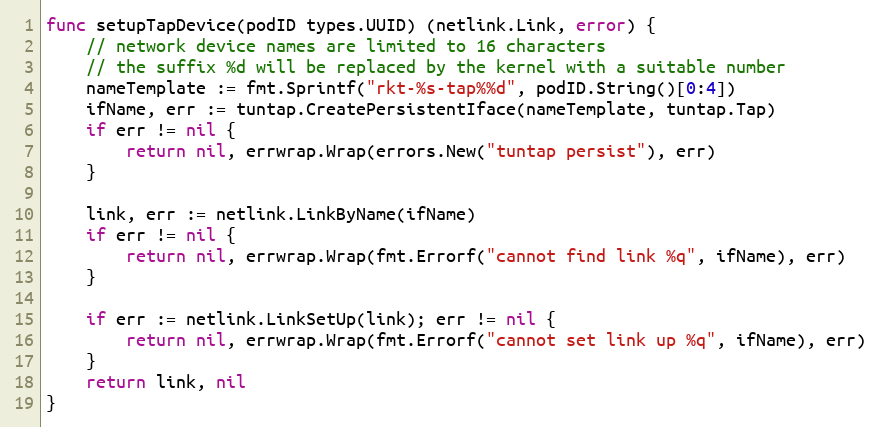
Language: Go
func setupTapDevice(podID types.UUID) (netlink.Link, error) {
	// network device names are limited to 16 characters
	// the suffix %d will be replaced by the kernel with a suitable number
	nameTemplate := fmt.Sprintf("rkt-%s-tap%%d", podID.String()[0:4])
	ifName, err := tuntap.CreatePersistentIface(nameTemplate, tuntap.Tap)
	if err != nil {
		return nil, errwrap.Wrap(errors.New("tuntap persist"), err)
	}

	link, err := netlink.LinkByName(ifName)
	if err != nil {
		return nil, errwrap.Wrap(fmt.Errorf("cannot find link %q", ifName), err)
	}

	if err := netlink.LinkSetUp(link); err != nil {
		return nil, errwrap.Wrap(fmt.Errorf("cannot set link up %q", ifName), err)
	}
	return link, nil
}